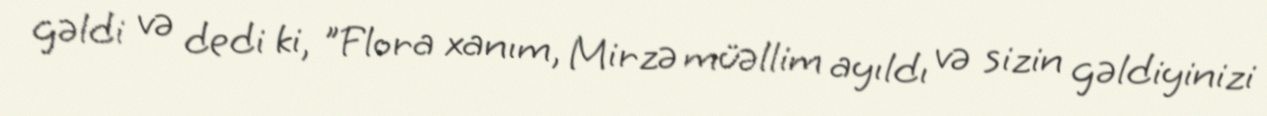
gəldi və dedi ki, "Flora xanım, Mirzə müəllim ayıldı və sizin gəldiyinizi